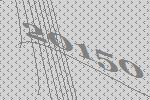
20150